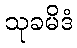
သုခမိဒံ